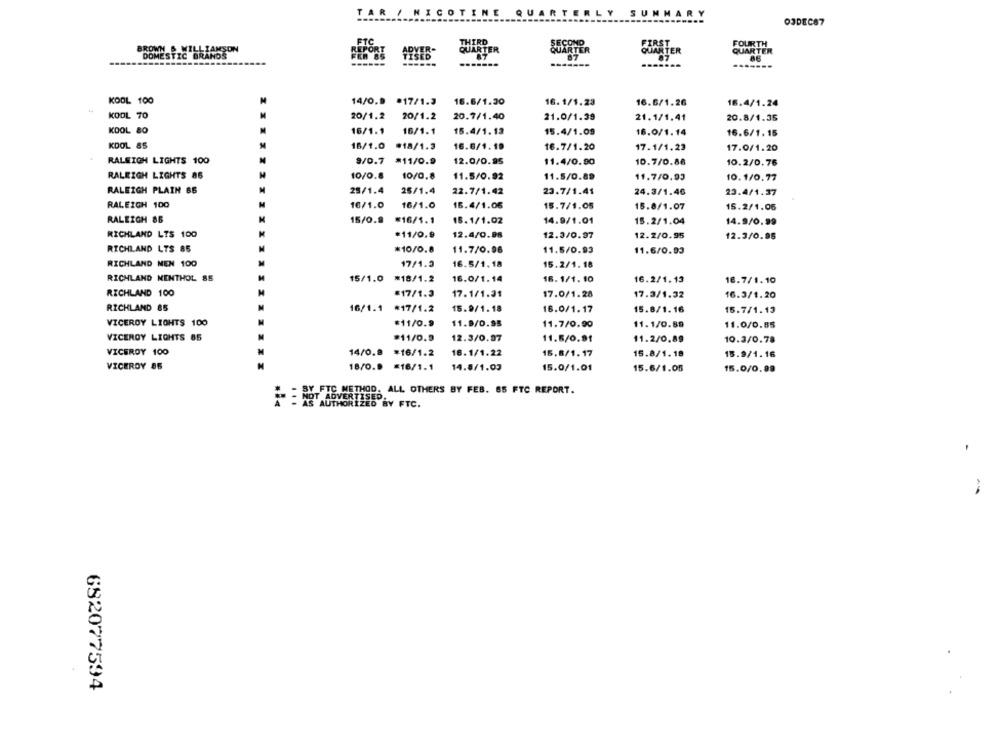
TAR
NICOTI
SUMMARY
OJDEC87
FOURTH
BROWN & WILLIAMSON
ADVER-
QUARTER
SOWETER
QUARTER
DOMESTIC BRANDS
TISED
------
KOOL 100
14/0.9 #17/1.3
16.6/1.30
16.1/1.23
16.6/1.26
16.4/1.24
1a
KOOL 70
20/1.2 20/1.2
20.7/1.40
21.0/1.39
21.1/1.41
20.8/1.35
KOOL 80
16/1.1
16/1.1
15.4/1.12
15.4/1.09
16.0/1.14
16.6/1. 15
KOOL 85
18/1.0 #18/1.3
16.6/1.19
16.7/1.20
17.1/1.23
17.0/1.20
RALEIGH LIGHTS 100
M
9/0.7 *11/0.9
12.0/0.95
11.4/0.80
10.7/0.86
10.2/0.76
RALEIGH LIGHTS 86
10/0.8
10/0.8
11.5/0.92
11.5/0.89
11.7/0.93
10.1/0.77
RALEIGH PLAIN 65
25/1.4
25/1.4
22.7/1.42
23.7/1.41
24.3/1.40
23.4/1.37
RALEIGH 100
16/1.0
16/1.0
16.4/1.06
15.7/1.05
15.8/1.07
15.2/1.06
RALEIGH 8B
15/0.9 *16/1.1
15.1/1.02
14.9/1.01
15.2/1.04
14.9/0.99
RICHLAND LTS 100
*11/0.9
12.4/0.88
12.3/0.97
12.2/0.95
12.3/0.95
RICHLAND LTS 85
*10/0.8
11.7/0.96
11.5/0.93
11.6/0.03
RICHLAND MEN 100
17/1.3
16.5/1. 18
15.2/1. 18
RICHLAND MENTHOL 85
15/1.0 *18/1.2
16.0/1.14
16.1/1. 10
16.2/1.13
18.7/1.10
RICHLAND 100
#17/1.3
17.1/1.31
17.0/1.28
17.3/1.32
16.3/1.20
RICHLAND 85
16/1.1 *17/1.2
15.9/1.18
16.0/1.17
15.8/1.16
15.7/1.13
VICEROY LIGHTS 100
*11/0.9
11.9/0.95
11.7/0.90
11.1/0.89
11.0/0.85
VICEROY LIGHTS 85
*11/0.9
12.3/0.07
11.6/0.91
11.2/0,89
10.3/0.78
VICEROY 100
14/0.9 *16/1.2
18.1/1.22
15.8/1. 17
15.8/1.18
15.9/1.16
VICEROY 86
18/0.0 =16/1.1
14.8/1.03
15.0/1.01
15.6/1.05
15.0/0.99
= = NOTFIGYMETHOD: ALL OTHERS BY FEB. 85 FTC REPORT.
ADVERTISED.
AS AUTHORIZED BY FTC.
682077594